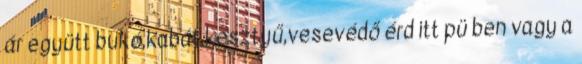
ár együtt bukó,kabát,kesztyű,vesevédő érd itt pü ben vagy a